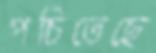
পচিতেছে